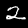
Label: 2